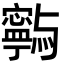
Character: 𭔥